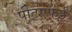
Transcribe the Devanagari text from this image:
पीटएफई